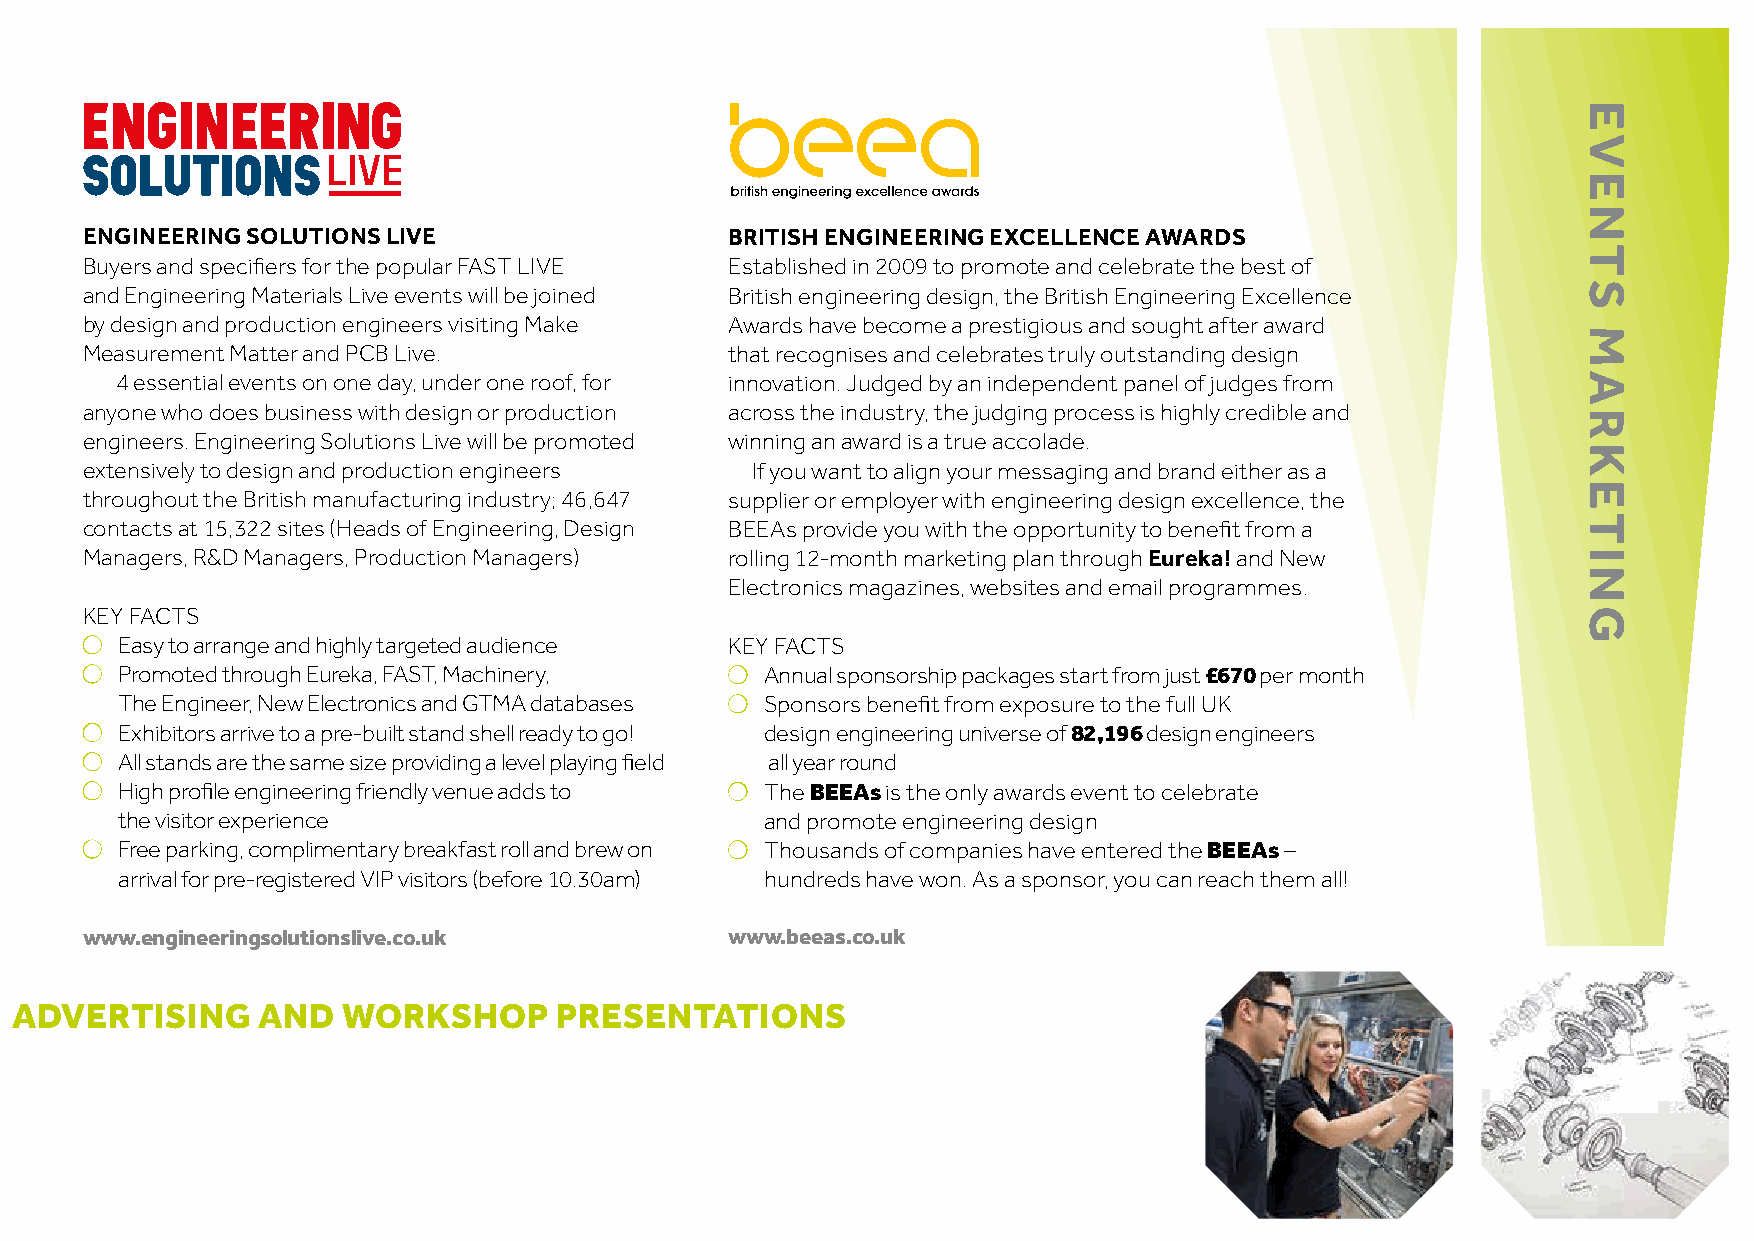
ENGINEERING SOLUTIONS LIVE                 BRITISH ENGINEERING EXCELLENCE AWARDS
 Buyers and specifiers for the popular FAST LIVE Established in 2009 to promote and celebrate the best of
 and Engineering Materials Live events will be joined British engineering design, the British Engineering Excellence
 by design and production engineers visiting Make Awards have become a prestigious and sought after award
 Measurement Matter and PCB Live.           that recognises and celebrates truly outstanding design
 4 essential events on one day, under one roof, for innovation. Judged by an independent panel of judges from
 anyone who does business with design or production across the industry, the judging process is highly credible and
 engineers. Engineering Solutions Live will be promoted winning an award is a true accolade.
 extensively to design and production engineers If you want to align your messaging and brand either as a
 throughout the British manufacturing industry; 46,647 supplier or employer with engineering design excellence, the
 contacts at 15,322 sites (Heads of Engineering, Design BEEAs provide you with the opportunity to benefit from a
 Managers, R&D Managers, Production Managers) rolling 12-month marketing plan through Eureka! and New
 Electronics magazines, websites and email programmes.
 KEY FACTS
 ●●
 Easy to arrange and highly targeted audience KEY FACTS
 ●●                                         ●●
 Promoted through Eureka, FAST, Machinery,  Annual sponsorship packages start from just £670 per month
 ●●
 The Engineer, New Electronics and GTMA databases Sponsors benefit from exposure to the full UK
 ●●
 Exhibitors arrive to a pre-built stand shell ready to go! design engineering universe of 82,196 design engineers
 ●●
 All stands are the same size providing a level playing field all year round
 ●●                                         ●●
 High profile engineering friendly venue adds to The BEEAs is the only awards event to celebrate
 the visitor experience                     and promote engineering design
 ●●                                         ●●
 Free parking, complimentary breakfast roll and brew on Thousands of companies have entered the BEEAs –
 arrival for pre-registered VIP visitors (before 10.30am) hundreds have won. As a sponsor, you can reach them all!
 www.engineeringsolutionslive.co.uk         www.beeas.co.uk
 OPPORTUNITIES: EXHIBITING, SPONSORSHIP, ADVERTISING AND WORKSHOP PRESENTATIONS
 EVENTS
 MARKETING